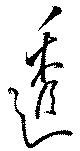
透